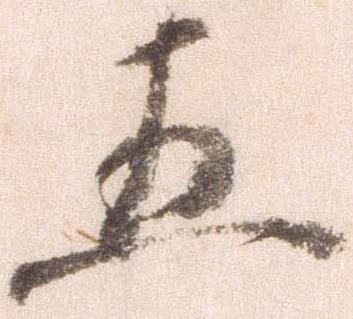
五